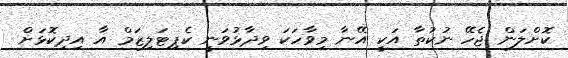
ކޮށްލަން ޖެހޭ ނުކުތާ އަކީ އޭނާ މިވާހަކަ ވިދާޅުވަނީ ކެޕިޓަލިޒަމް އާ އިދިކޮޅަށް